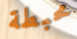
محبطة